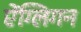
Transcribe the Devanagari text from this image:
ऐंग्लिगन